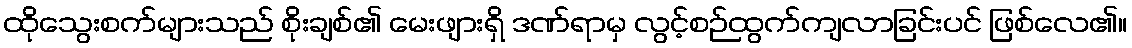
ထိုသွေးစက်များသည် စိုးချစ်၏ မေးဖျားရှိ ဒဏ်ရာမှ လွင့်စဉ်ထွက်ကျလာခြင်းပင် ဖြစ်လေ၏။